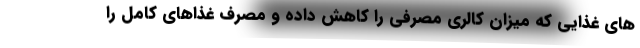
های غذایی که میزان کالری مصرفی را کاهش داده و مصرف غذاهای کامل را